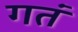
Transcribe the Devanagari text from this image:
गतं